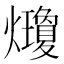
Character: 𤓇